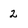
Character: 2